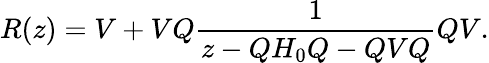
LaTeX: R(z)=V+VQ\frac{1}{z-QH_{0}Q-QVQ}QV.